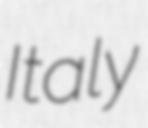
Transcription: Italy